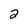
Character: 2